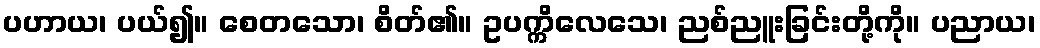
ပဟာယ၊ ပယ်၍။ စေတသော၊ စိတ်၏။ ဥပက္ကိလေသေ၊ ညစ်ညူးခြင်းတို့ကို။ ပညာယ၊